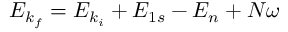
E _ { k _ { f } } = E _ { k _ { i } } + { E } _ { 1 s } - { E } _ { n } + N \omega